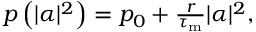
\begin{array} { r } { p \left( | \alpha | ^ { 2 } \right) = p _ { 0 } + \frac { r } { \tau _ { \mathrm { m } } } | \alpha | ^ { 2 } , } \end{array}